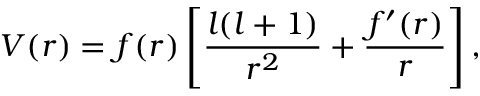
V ( r ) = f ( r ) \left[ \frac { l ( l + 1 ) } { r ^ { 2 } } + \frac { f ^ { \prime } ( r ) } { r } \right] ,